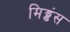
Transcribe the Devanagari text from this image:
मिड्डंस